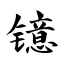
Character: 镱